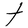
Character: t